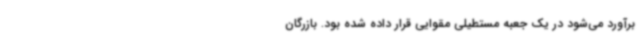
برآورد می‌شود در یک جعبه مستطیلی مقوایی قرار داده شده بود. بازرگان